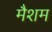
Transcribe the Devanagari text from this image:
मैशम